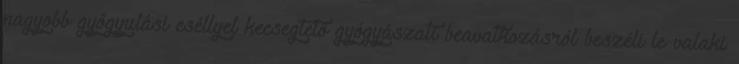
nagyobb gyógyulási eséllyel kecsegtető gyógyászati beavatkozásról beszéli le valaki